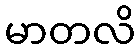
မာတလိ